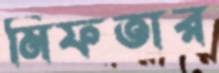
মিফতার